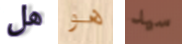
هل هو سيد